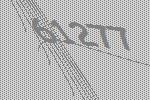
61277